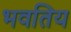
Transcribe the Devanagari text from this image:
भवतिय